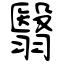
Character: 翳